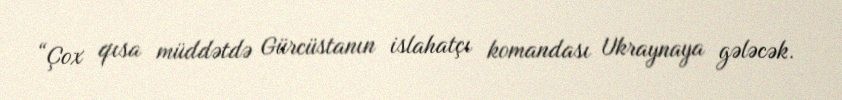
“Çox qısa müddətdə Gürcüstanın islahatçı komandası Ukraynaya gələcək.